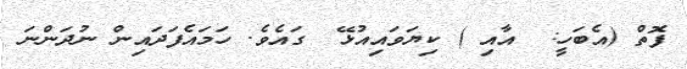
ފޮތް (އެބަހީ:  އާއި ) ކިޔަވައިއުޅޭ  ގައެވެ. ހަމައެފަދައިން ނުދަންނަ